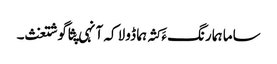
ساما ہما رنگ ءَ کثہ ہما ڈولا کہ آنہی پثا گوشتغث۔